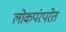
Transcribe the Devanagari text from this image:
लोकपंरपरेत